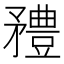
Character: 𥎓